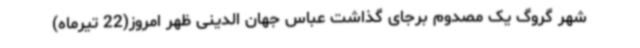
شهر گروگ یک مصدوم برجای گذاشت عباس جهان الدینی ظهر امروز(22 تیرماه)